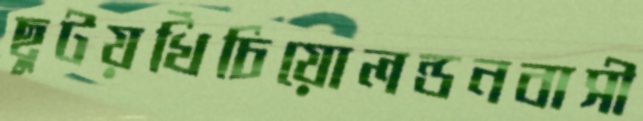
ছুটয়খিঁচিয়োলন্ডনবাসী